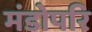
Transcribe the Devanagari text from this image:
मंडोपरि